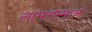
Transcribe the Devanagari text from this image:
लाभसम्मान